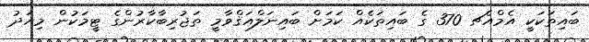
ބައިތަކަކީ އެމްއެޗ 370 ގެ ބައިތަކެއް ކަމަށް ބައިނަލްއަޤްވާމީ ތަޖުރިބާކާރުންގެ ޓީމަކުން މިއަދު